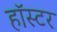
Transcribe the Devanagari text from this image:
हॉस्टर